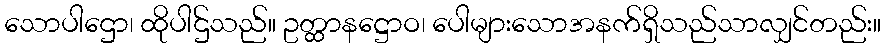
သောပါဌော၊ ထိုပါဌ်သည်။ ဥတ္ထာနဋ္ဌောဝ၊ ပေါများသောအနက်ရှိသည်သာလျှင်တည်း။